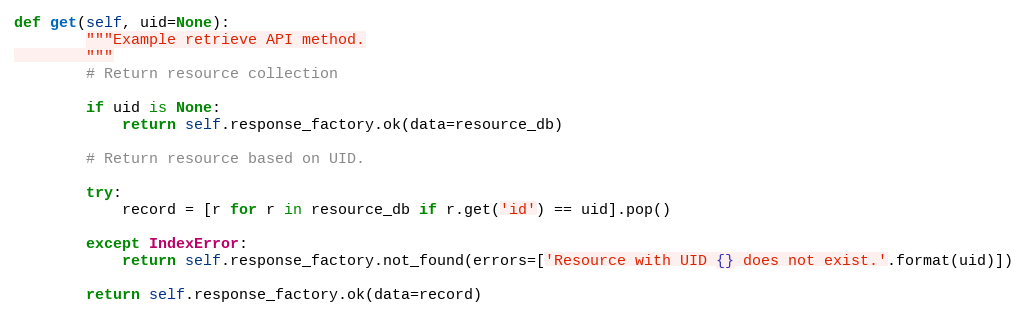
Language: Python
def get(self, uid=None):
        """Example retrieve API method.
        """
        # Return resource collection

        if uid is None:
            return self.response_factory.ok(data=resource_db)

        # Return resource based on UID.

        try:
            record = [r for r in resource_db if r.get('id') == uid].pop()

        except IndexError:
            return self.response_factory.not_found(errors=['Resource with UID {} does not exist.'.format(uid)])

        return self.response_factory.ok(data=record)